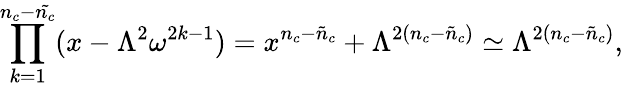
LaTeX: \prod_{k=1}^{n_{c}-\tilde{n_{c}}}(x-\Lambda^{2}\omega^{2k-1})=x^{n_{c}-\tilde{n}_{c}}+\Lambda^{2(n_{c}-\tilde{n}_{c})}\simeq\Lambda^{2(n_{c}-\tilde{n}_{c})},